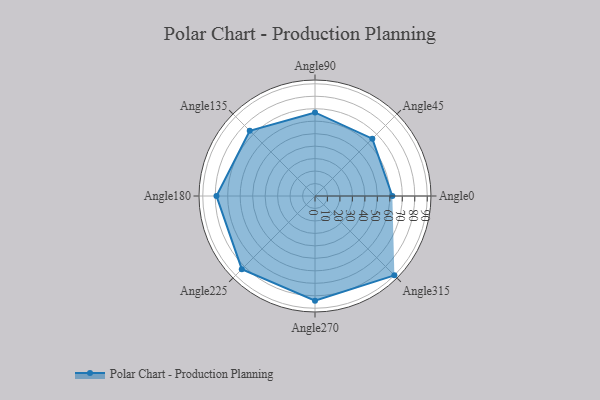
{"axis": {"x": "Angle", "y": "Radius"}, "legend": [""], "data": [{"x": "Angle0", "y": 62.0, "type": ""}, {"x": "Angle45", "y": 65.0, "type": ""}, {"x": "Angle90", "y": 67.0, "type": ""}, {"x": "Angle135", "y": 74.0, "type": ""}, {"x": "Angle180", "y": 79.0, "type": ""}, {"x": "Angle225", "y": 83.0, "type": ""}, {"x": "Angle270", "y": 84.0, "type": ""}, {"x": "Angle315", "y": 90.0, "type": ""}]}